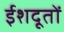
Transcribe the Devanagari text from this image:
ईशदूतों